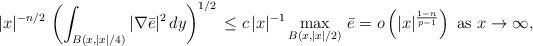
LaTeX: \begin{align*} |x|^{-n/2} \, \left( \int_{ B ( x, |x|/4)} |\nabla \bar e |^2 \, dy \right)^{1/2} \, \leq c \, |x|^{-1} \max_{B ( x, |x|/2)} \, \bar e = o\left( |x|^{\frac{1-n}{p-1}} \right)\, \, \mbox{as}\, \, x \to \infty,\end{align*}